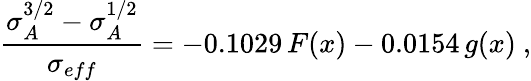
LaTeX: \frac{\sigma_{A}^{3/2}-\sigma_{A}^{1/2}}{\sigma_{eff}}=-0.1029\, F(x)-0.0154\, g(x)\ ,